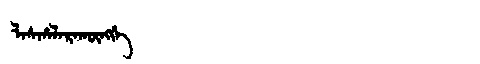
Manchu: ᠯᠠᠰᡥᠠᠯᠠᡵᠠᡴᡡᠩᡤᡝ
Romanization: LASHALARAKŪNGGE